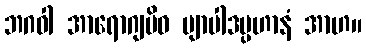
ဘဂဝါ အာရောဂျမိဝ ဗျာပါဒပ္ပဟာနံ အာဟ။